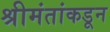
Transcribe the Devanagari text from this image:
श्रीमंतांकडून